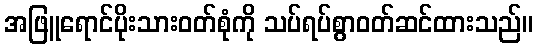
အဖြူရောင်ပိုးသားဝတ်စုံကို သပ်ရပ်စွာဝတ်ဆင်ထားသည်။